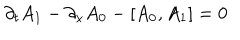
LaTeX: \partial _ { t } A _ { 1 } - \partial _ { x } A _ { 0 } - \left[ A _ { 0 } , A _ { 1 } \right] = 0